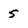
Character: 5